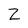
Character: Z